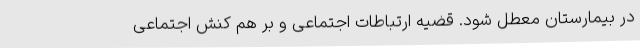
در بیمارستان معطل شود. قضیه ارتباطات اجتماعی و بر هم کنش اجتماعی